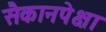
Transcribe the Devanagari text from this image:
सैकानपेक्षा